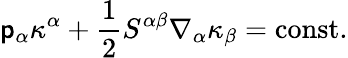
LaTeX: \mathsf{p}_{\alpha}\kappa^{\alpha}+\frac{{1}}{{2}}S^{\alpha\beta}\nabla_{\alpha}\kappa_{\beta}=\mathrm{{const}}.